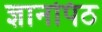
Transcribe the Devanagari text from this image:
ज्ञानपिठ